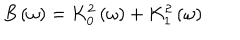
LaTeX: B \left( \omega \right) = K _ { 0 } ^ { 2 } \left( \omega \right) + K _ { 1 } ^ { 2 } \left( \omega \right)